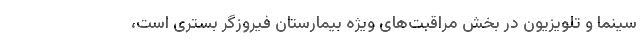
سینما و تلویزیون در بخش مراقبت‌های ویژه بیمارستان فیروزگر بستری است،